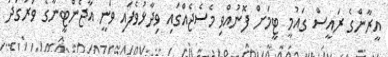
އީރާންގެ ރައީސް ގައުމީ ޓީމަށް ފޮނުއްވި މެސެޖެއްގައި ވިދާޅުވެފައި ވަނީ އާޖެންޓީނާގެ ވަރުގަދަ